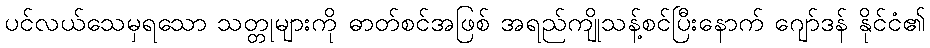
ပင်လယ်သေမှရသော သတ္တုများကို ဓာတ်စင်အဖြစ် အရည်ကျိုသန့်စင်ပြီးနောက် ဂျော်ဒန် နိုင်ငံ၏